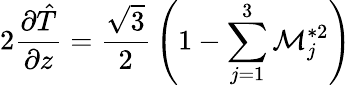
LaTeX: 2{\frac{\partial\hat{T}}{\partial z}}={\frac{\sqrt{3}}{2}}\left(1-\sum_{j=1}^{3}{\cal M}_{j}^{*2}\right)